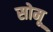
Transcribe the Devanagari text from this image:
सोमू